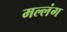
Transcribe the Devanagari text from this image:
मल्लंग